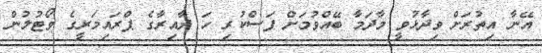
އޭނާ އިތުރަށް ވިދާޅުވީ މާދަމާ ބޭއްވުމަށް ފަސްކުރި ހަ ދާއިރާގެ ޕްރައިމަރީގެ ވޯޓުލުން